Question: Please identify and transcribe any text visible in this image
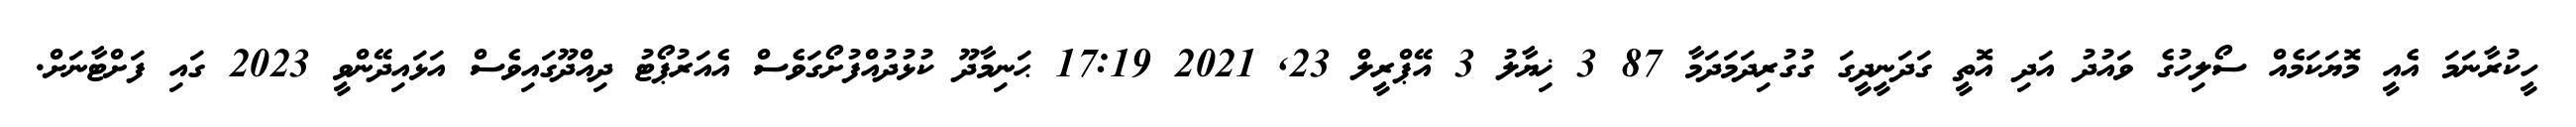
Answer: ހީކުރާނަމަ އެއީ މޮޔަކަމެއް ސޯލިހުގެ ވައުދު އަދި އޮތީ ގަދަނީދީގަ ގުގުރިދަމަދަމާ 87 3 ޚިޔާލު 3 އޭޕްރީލް 23, 2021 17:19 ޙަނިމާދޫ ކުޅުދުއްފުށޯގަވެސް އެއަރުޕޯޓު ދިއްދޫގައިވެސް އަޅައިދޭންވީ 2023 ގައި ފަށްޓާނަށް.